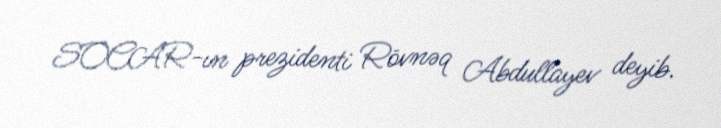
SOCAR-ın prezidenti Rövnəq Abdullayev deyib.